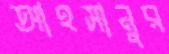
আহসানুর